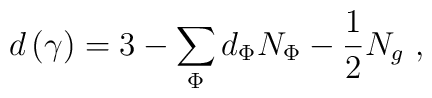
d\left( \gamma \right) =3-\sum\limits_\Phi d_\Phi N_\Phi -\frac 12N_g\,\,,